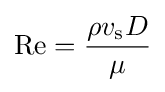
\mathrm {Re} ={\frac {\rho v_{\text{s}}D}{\mu }}